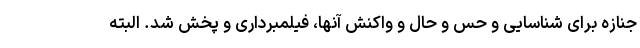
جنازه برای شناسایی و حس و حال و واکنش آنها، فیلمبرداری و پخش شد. البته